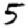
Digit: 5